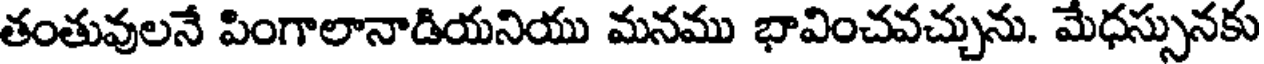
తంతువులనే పింగాలానాడియనియు మనము భావించవచ్చును. మేధస్సునకు